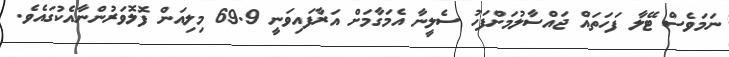
ނަމަވެސް ޓޭލާ ފަހަތައް ޖައްސާލުމަށްފަހު ސެލީނާ އެމަގާމަށް އަރާފައިވަނީ 69.9 މިލިއަން ފޮލޮވަރުންނާއެކުގައެވެ.